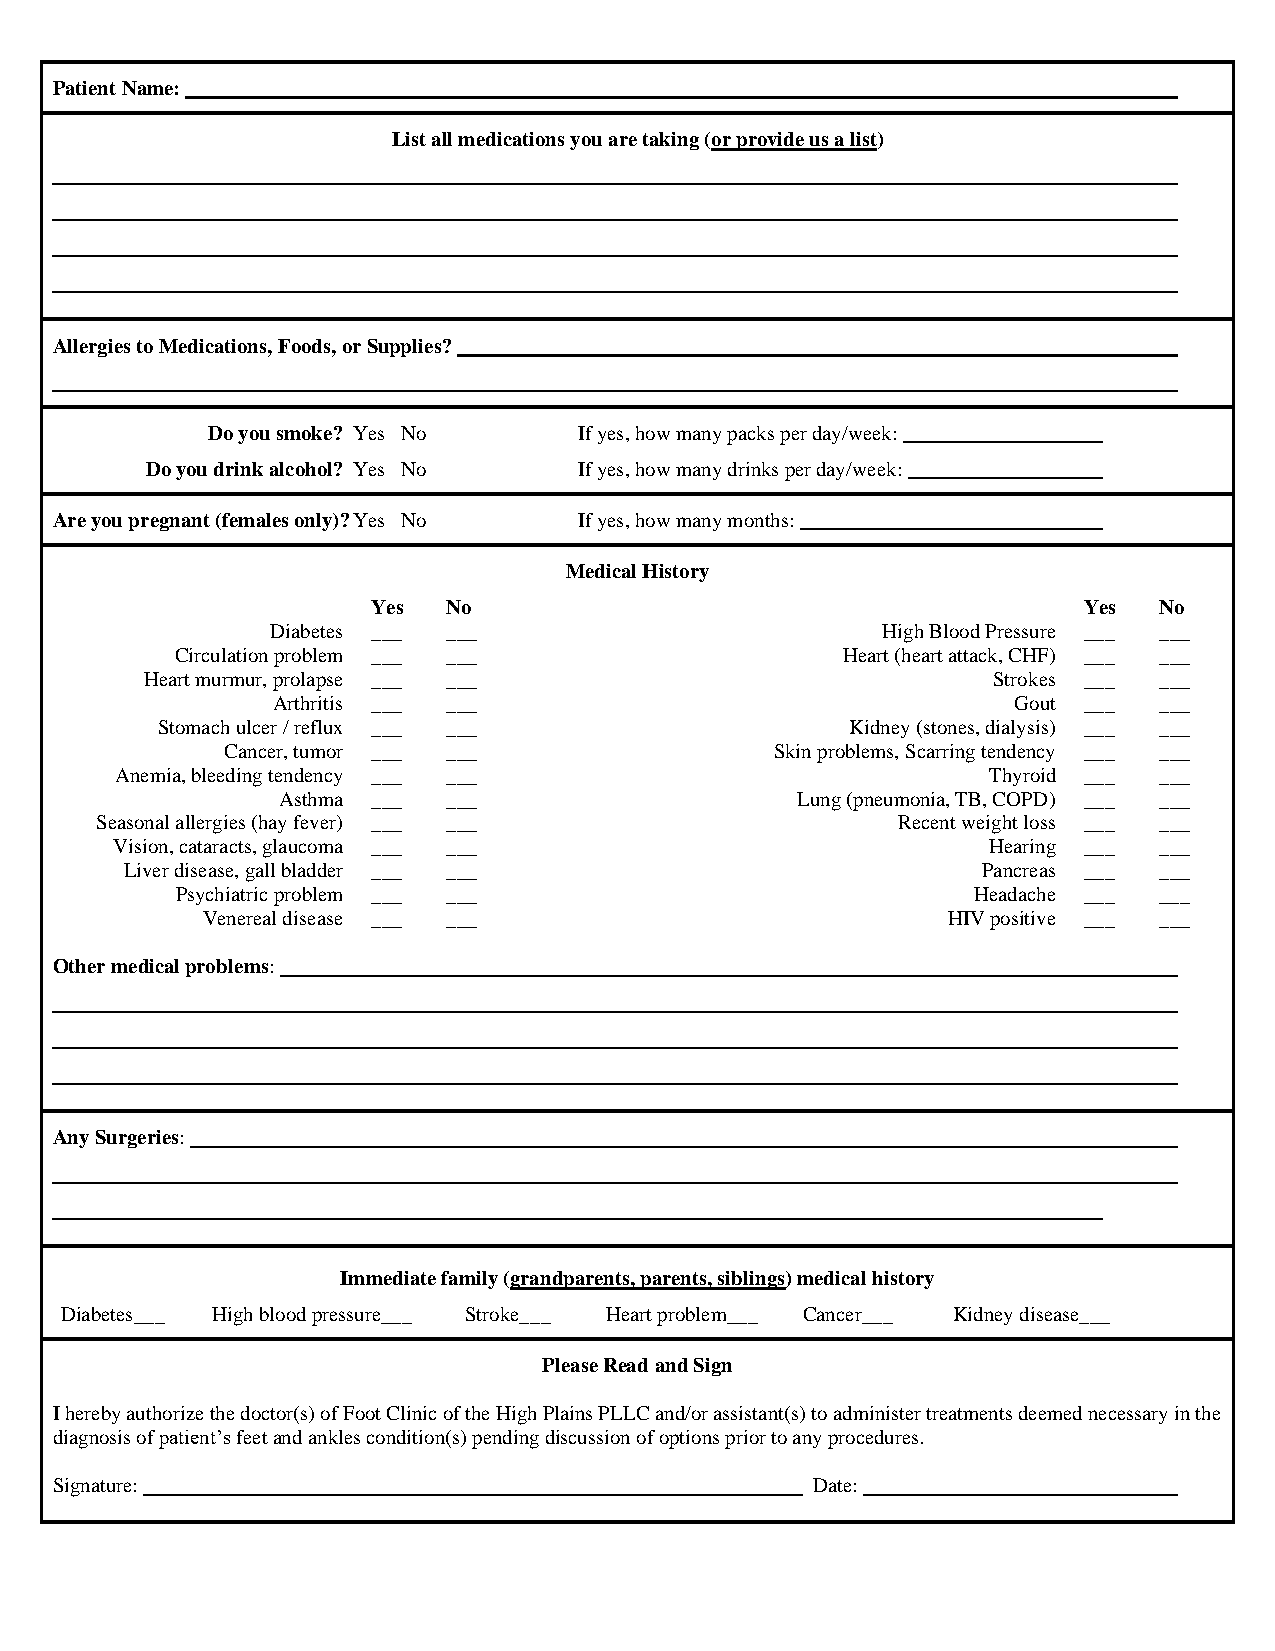
Patient Name:
 List all medications you are taking (or provide us a list)
 Allergies to Medications, Foods, or Supplies?
 Do you smoke? Yes No    If yes, how many packs per day/week:
 Do you drink alcohol? Yes No If yes, how many drinks per day/week:
 Are you pregnant (females only)? Yes No If yes, how many months:
 Medical History
 Yes  No                                        Yes  No
 Diabetes ___ ___                        High Blood Pressure ___ ___
 Circulation problem ___ ___                 Heart (heart attack, CHF) ___ ___
 Heart murmur, prolapse ___ ___                          Strokes ___ ___
 Arthritis ___ ___                                Gout ___  ___
 Stomach ulcer / reflux ___ ___                Kidney (stones, dialysis) ___ ___
 Cancer, tumor ___ ___               Skin problems, Scarring tendency ___ ___
 Anemia, bleeding tendency ___ ___                        Thyroid ___ ___
 Asthma ___  ___                    Lung (pneumonia, TB, COPD) ___ ___
 Seasonal allergies (hay fever) ___ ___               Recent weight loss ___ ___
 Vision, cataracts, glaucoma ___ ___                       Hearing ___ ___
 Liver disease, gall bladder ___ ___                      Pancreas ___ ___
 Psychiatric problem ___ ___                         Headache ___ ___
 Venereal disease ___ ___                          HIV positive ___ ___
 Other medical problems:
 Any Surgeries:
 Immediate family (grandparents, parents, siblings) medical history
 Diabetes___ High blood pressure___ Stroke___ Heart problem___ Cancer___ Kidney disease___
 Please Read and Sign
 I hereby authorize the doctor(s) of Foot Clinic of the High Plains PLLC and/or assistant(s) to administer treatments deemed necessary in the
 diagnosis of patient’s feet and ankles condition(s) pending discussion of options prior to any procedures.
 Signature:                                         Date: